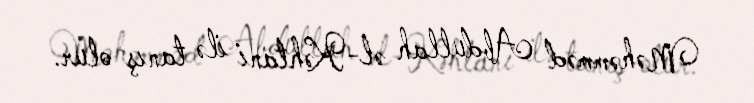
Məhəmməd Abdullah əl-Kəhtani ilə tanış olur.